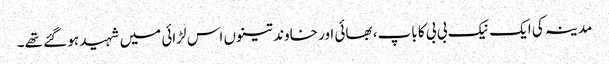
مدینہ کی ایک نیک بی بی کا باپ، بھائی اور خاوند تینوں اس لڑائی میں شہید ہو گئے تھے۔